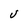
Character: u